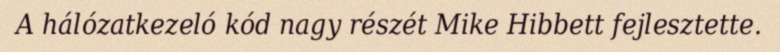
A hálózatkezeló kód nagy részét Mike Hibbett fejlesztette.